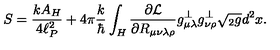
S = { \frac { k A _ { H } } { 4 \ell _ { P } ^ { 2 } } } + 4 \pi { \frac { k } { \hbar } } \int _ { H } { \frac { \partial { \cal L } } { \partial R _ { \mu \nu \lambda \rho } } } g _ { \mu \lambda } ^ { \perp } g _ { \nu \rho } ^ { \perp } \sqrt { { } _ { 2 } g } d ^ { 2 } x .